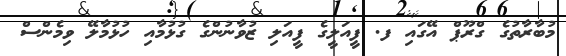
މުބާރާތުގެ ގްރޫޕް އޭގައި ފ. ފީއަލީގެ ފީއަލި ޒުވާނުންގެ ގުޅުމާއި ހުޅުމާލޭ ވިމެންސް